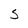
Character: S